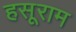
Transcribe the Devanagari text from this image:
हसूराम